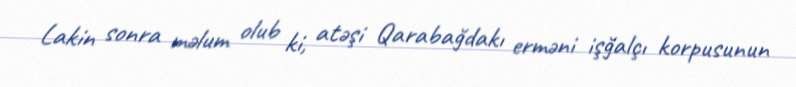
Lakin sonra məlum olub ki, atəşi Qarabağdakı erməni işğalçı korpusunun